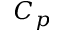
C _ { p }